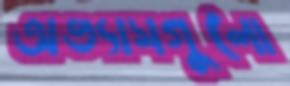
অভ্যাসগুলো